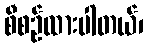
စီစဉ်ထားပါတယ်၊